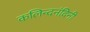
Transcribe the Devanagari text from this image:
कलिन्दनंदिनी